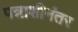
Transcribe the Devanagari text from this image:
पन्नाशीनंतर